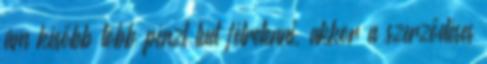
ám később több pénzt tud félretenni, akkor a szerződéses